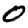
Digit: 0